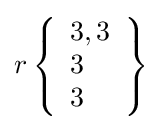
r\left\{{\begin{array}{l}3,3\\3\\3\end{array}}\right\}